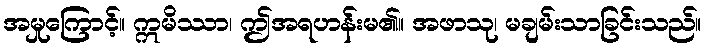
အမှုကြောင့်။ ဣမိဿာ၊ ဤအရဟန်းမ၏။ အဖာသု၊ မချမ်းသာခြင်းသည်။